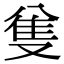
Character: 𠔟